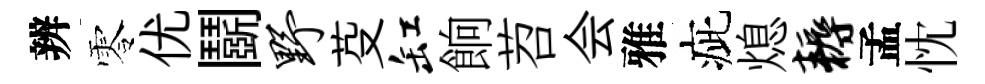
辨零优鬬野芟缸餉苕会雅疵熄耨孟忱